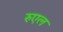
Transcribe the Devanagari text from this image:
रुएल